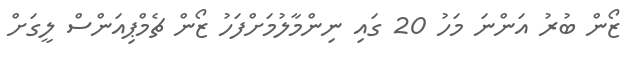
ޒޯން ބުރު އަންނަ މަހު 20 ގައި ނިންމާލުމަށްފަހު ޒޯން ޗެމްޕިއަންސް ލީގަށް